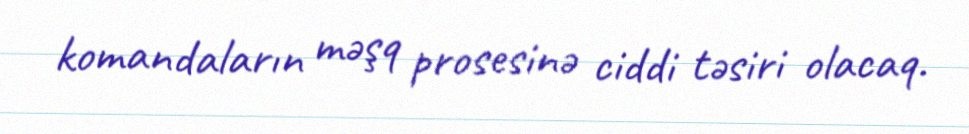
komandaların məşq prosesinə ciddi təsiri olacaq.